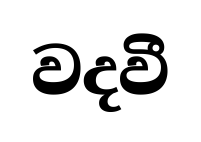
වදවී